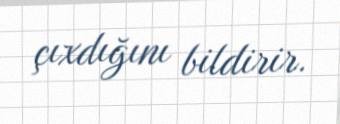
çıxdığını bildirir.